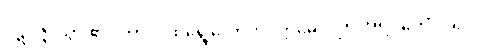
ပဋိပဇ္ဇိ၊ သွား၏။ တာဝ၊ ထိုရွေ့လောက်။ ဣဓေဝ၊ ဤအရပ်၌သာလျှင်။